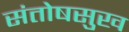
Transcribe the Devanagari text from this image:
संतोषसुख